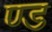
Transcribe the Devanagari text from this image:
ण्ड